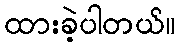
ထားခဲ့ပါတယ်။